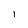
Character: I